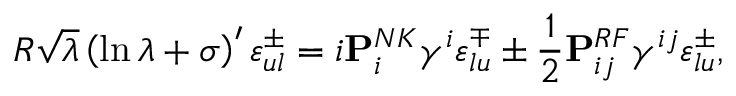
R \sqrt { \lambda } \left( \ln { \lambda } + \sigma \right) ^ { \prime } \varepsilon _ { u l } ^ { \pm } = i { \bf P } _ { i } ^ { N K } \gamma ^ { i } \varepsilon _ { l u } ^ { \mp } \pm { \frac { 1 } { 2 } } { \bf P } _ { i j } ^ { R F } \gamma ^ { i j } \varepsilon _ { l u } ^ { \pm } ,